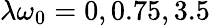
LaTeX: \lambda\omega_{0}=0,0.75,3.5